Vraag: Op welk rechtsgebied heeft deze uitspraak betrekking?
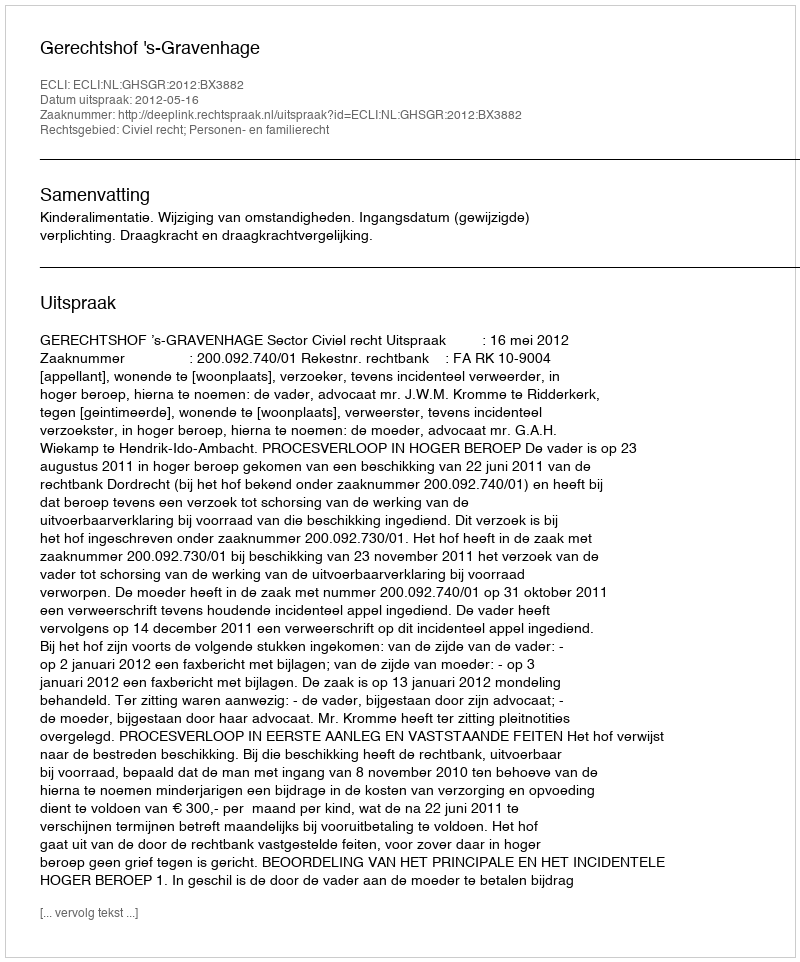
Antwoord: Civiel recht; Personen- en familierecht